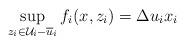
LaTeX: \begin{gather*}\sup_{z_i \in \mathcal{U}_i - \overline{u}_i} f_i(x,z_i) = \Delta u_i x_i\end{gather*}